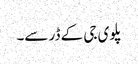
پلوی جی کے ڈر سے۔